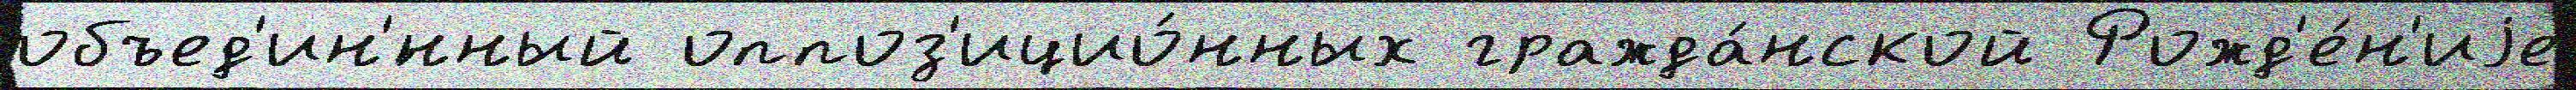
объед'ин'́нный оппоз'ицио́нных гражда́нской Рожд'е́н'иjе